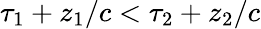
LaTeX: \tau_{1}+z_{1}/c<\tau_{2}+z_{2}/c